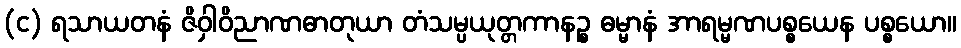
(င) ရသာယတနံ ဇိဝှါဝိညာဏဓာတုယာ တံသမ္ပယုတ္တကာနဉ္စ ဓမ္မာနံ အာရမ္မဏပစ္စယေန ပစ္စယော။